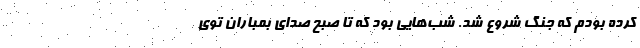
کرده بودم که جنگ شروع شد. شب‌هایی بود که تا صبح صدای بمباران توی